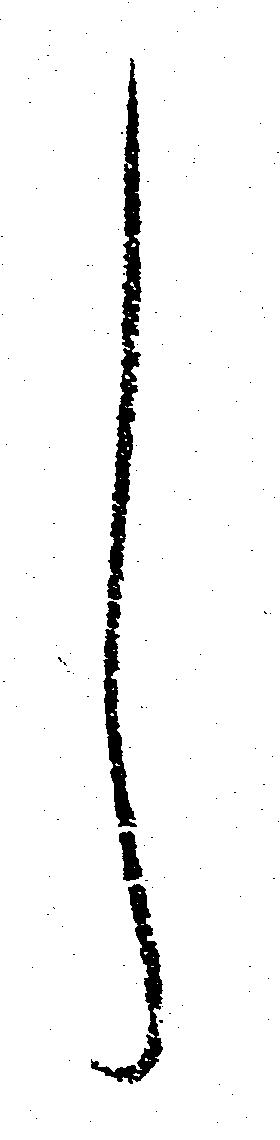
し